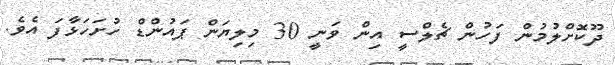
ދޫކޮށްލުމުން ފަހުން ޗެލްސީ އިން ވަނީ 30 މިލިޔަން ޕައުންޑް ހުށަހަޅާފަ އެވެ.